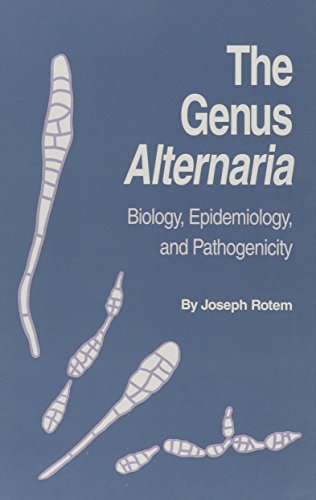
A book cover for The Genus Alternaria: Biology, Epidemiology, and Pathogenicity; Joseph Rotem; Science & Math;